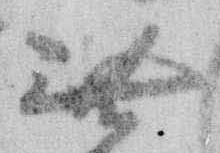
無